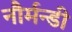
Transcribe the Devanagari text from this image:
नौर्मन्डी